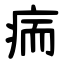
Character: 㾍